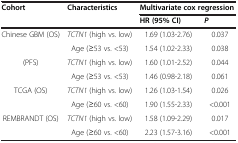
<table><thead><tr><td rowspan="2"><b>Cohort</b></td><td rowspan="2"><b>Characteristics</b></td><td colspan="2"><b>Multivariate cox regression</b></td></tr><tr><td><b>HR (95% CI)</b></td><td><b><i>P</i></b></td></tr></thead><tbody><tr><td>Chinese GBM (OS)</td><td><i>TCTN1</i> (high vs. low)</td><td>1.69 (1.03-2.76)</td><td>0.037</td></tr><tr><td>[EMPTY_CELL]</td><td>Age (≥53 vs. &lt;53)</td><td>1.54 (1.02-2.33)</td><td>0.038</td></tr><tr><td>(PFS)</td><td><i>TCTN1</i> (high vs. low)</td><td>1.60 (1.01-2.52)</td><td>0.044</td></tr><tr><td>[EMPTY_CELL]</td><td>Age (≥53 vs. &lt;53)</td><td>1.46 (0.98-2.18)</td><td>0.061</td></tr><tr><td>TCGA (OS)</td><td><i>TCTN1</i> (high vs. low)</td><td>1.26 (1.03-1.54)</td><td>0.026</td></tr><tr><td>[EMPTY_CELL]</td><td>Age (≥60 vs. &lt;60)</td><td>1.90 (1.55-2.33)</td><td>&lt;0.001</td></tr><tr><td>REMBRANDT (OS)</td><td><i>TCTN1</i> (high vs. low)</td><td>1.58 (1.09-2.29)</td><td>0.017</td></tr><tr><td>[EMPTY_CELL]</td><td>Age (≥60 vs. &lt;60)</td><td>2.23 (1.57-3.16)</td><td>&lt;0.001</td></tr></tbody></table>